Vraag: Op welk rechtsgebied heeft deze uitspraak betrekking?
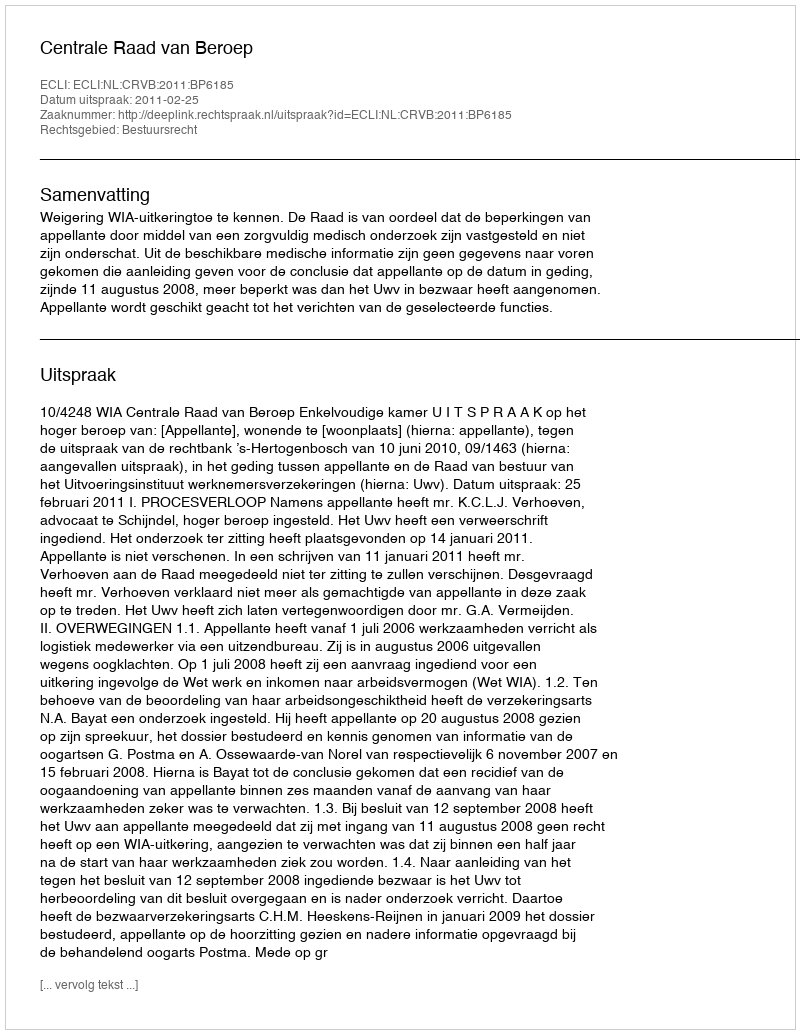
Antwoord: Bestuursrecht